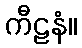
ကီဠနံ။